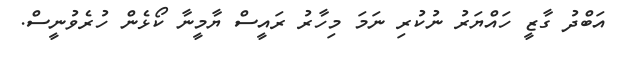
އަބްދު ގާޒީ ހައްޔަރު ނުކުރި ނަމަ މިހާރު ރައީސް ޔާމީނާ ކޯޅެން ހުރެވުނީސް.